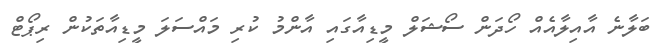
ބަލާނެ އާއިލާއެއް ހޯދަން ސޯޝަލް މީޑިއާގައި އާންމު ކުރި މައްސަލަ މީޑިއާތަކުން ރިޕޯޓް